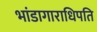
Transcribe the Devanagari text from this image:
भांडागाराधिपति